Medical and sanitary report of the native army of Bengal for the year
Year: 1878
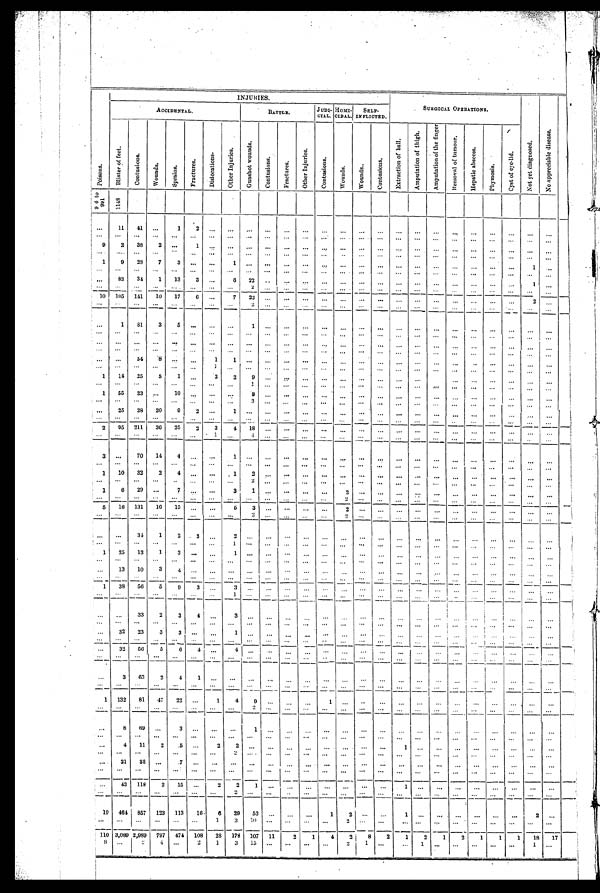
INJURIES.
N o t y e t d i a g n o s e d .
N o a p p r e c i a b l e d i s e a s e .
ACCIDENTAL.
BATTLE.
JUDI-
CIAL.
HOMI-
CIDAL.
SELF-
INFLICTED.
SURGICAL OPERATIONS .
B l i s t e r o f f e e t .
C o n t u s i o n s .
W o u n d s .
S p r a i n s .
F r a c t u r e s .
D i s l o c a t i o n s .
O t h e r I n j u r i e s .
G u n s h o t W o u n d s .
C o n t u s i o n s .
F r a c t u r e s .
O t h e r I n j u r i e s .
C o n t u s i o n s .
W o u n d s .
W o u n d s .
C o n t u s i o n s .
E x t r a c t i o n o f b a l l .
A m p u t a t i o n o f t h e t h i g h .
A m p u t a t i o n o f t h e f i n g e r .
R e m o v a l o f t u o u r .
H e p a t i c a b s c c s s .
P h y m o s i s .
C y s t o f e y e l i d .
9 6 t o 9 9 1
1 1 4 8
...
11
41
...
1
2
. . .
. . .
. . .
. . .
...
...
...
. . .
. . .
. . .
. . .
. . .
. . .
...
. . .
. . .
. . .
. . .
. . .
. . .
... ...
. . .
. . .
. . .
. . .
. . .
. . .
. . .
...
. . .
. . .
. . .
. . .
...
. . .
. . .
. . .
...
. . .
...
. . .
. . . ...
9
2
38
2
...
1
...
...
. . .
...
...
...
...
...
. . .
. . . ...
. . .
. . .
. . .
. . . ...
. . .
. . . ...
. . .
...
...
. . .
. . .
. . .
. . .
. . .
. . . ...
...
. . .
. . .
. . .
...
...
. . .
. . . ...
. . .
. . .
. . .
. . .
. . .
1
9
28
7
3
...
. . .
1
...
...
...
...
. . .
. . .
. . .
...
...
...
...
...
...
...
...
1 ...
. . .
...
...
. . .
. . .
. . .
. . .
. . .
. . .
. . . ...
. . .
. . .
. . .
. . .
...
. . .
. . .
. . . ...
. . . ...
. . .
. . .
. . .
...
83
34
1
13
3
. . .
6
22
. . ...
...
. . .
. . .
. . . ...
...
... ... ... ... ... ...
1
. . .
...
...
...
. . .
. . .
. . .
... ...
2
. . . ...
. . .
. . .
. . .
. . . ...
. . .
. . .
. . . ...
. . .
. . .
. . .
. . .
...
10
1 0 5
141
10
17
6
. . .
7
22
. . .
...
. . .
. . .
. . .
. . .
. . .
. . .
. . .
. . . ...
. . . ...
. . .
2
. . .
. . .
...
...
. . .
. . .
...
. . .
. . .
2
. . .
...
...
. . .
. . .
. . . ...
...
. . .
. . .
...
. . . ...
. . .
. . .
...
...
1
81
3
5
...
...
...
1
...
...
... ...
. . .
. . .
. . .
. . .
. . .
. . .
. . .
. . .
. . .
. . .
. . .
. . .
... ... ... ... ... ...
. . .
. . .
. . .
. . . ...
... ...
. . .
...
...
...
. . .
. . .
. . .
. . .
... ... ... ... ...
. . .
...
. . .
... ...
. . .
. . .
. . .
...
...
. . .
...
. . .
. . .
. . .
. . .
. . .
. . .
...
...
. . .
. . .
. . .
... ... ...
...
. . .
. . .
. . .
. . .
. . .
. . .
. . .
...
...
. . .
. . .
. . . ...
...
...
. . .
. . .
... ... ...
. . .
. . .
... ...
54
8
. . .
...
1
1
...
. . .
...
...
...
...
. . .
. . .
. . .
. . .
... ... ... ... ... ...
...
... ...
...
. . .
. . .
. . .
1
. . .
. . .
...
...
. . .
. . .
. . .
. . .
. . .
. . .
. . .
. . .
. . .
. . .
. . .
. . .
. . .
. . .
1
14
25
5
1
...
2
2
9
...
...
...
. . .
... ...
. . .
. . .
. . .
... ... ...
. . .
... ...
...
... ...
...
...
. . .
. . .
. . .
. . .
1
. . . ...
...
. . .
. . .
. . . ...
...
. . .
. . . ...
. . .
...
. . .
. . .
. . .
1
55
23
...
10
. . .
. . .
. . .
8
... ...
. . .
. . .
. . .
. . .
...
...
. . .
...
...
... ...
. . .
. . . ...
. . .
. . .
...
. . .
...
. . .
. . .
. . .
3
. . . ...
. . .
. . .
. . .
. . .
. . .
. . .
. . .
. . .
...
... ... ... ...
...
...
25
28
20
9
2
. . .
1
. . .
. . .
...
.. .
. . .
. . .
. . .
. . .
. . .
. . .
. . .
. . . . .
. . .
. . .
. . .
...
. . .
... ...
. . .
...
. . .
... ... ... ... ... ...
. . .
... ... ... ... ... ... ... ... ... ... ...
. . .
2
9 5 211
36
25
2
3
4
18
. . .
...
. . .
. . .
...
. . . ...
...
. . .
... ... ... ... ... ...
. . .
... ... ... ... ... ...
1
. . .
4
. . .
...
. . .
. . .
. . .
. . .
... ... ...
. . .
. . .
. . .
. . .
. . .
... ...
3
...
70
14
4
... ...
1
... ... ... ...
...
. . .
... ...
...
. . .
...
...
...
. . .
...
...
. . .
... ... ... ...
. . .
... ... ... ...
. . . ...
. . .
. . .
. . .
. . .
. . .
. . .
...
. . . ...
... ... ... ... ...
1
10
32
2
4
. . .
. . .
1
2
... ... ... ... ... ... ... ... ... ...
...
... ...
. . .
. . . ...
... ...
...
. . .
. . .
. . .
. . .
. . .
2
. . .
...
. . .
. . .
...
. . .
. . .
...
...
. . . ...
. . . ...
. . .
...
...
1
6
29
...
7
. . .
. . .
3
1
. . . ...
...
. . .
2
. . . ...
...
. . .
. . . ...
. . . ...
. . .
. . .
. . .
. . .
...
...
. . .
. . .
. . .
. . .
. . .
. . .
. . .
...
. . .
. . .
2
. . . ...
...
. . .
. . . ...
. . . ...
. . .
. . . ...
5
16
131
16
15
. . .
. . .
5
3
. . . ...
...
. . .
2
. . . ...
...
. . .
. . .
...
. . .
...
...
...
. . .
. . .
... ...
. . . . . .
. . .
. . .
. . .
2
. . . ... ...
. . .
2
. . . ...
...
. . .
. . . ...
. . . ...
. . .
. . . ...
. . .
. . .
34
1
2
3
...
2
. . .
...
. . .
...
. . .
. . .
. . .
. . .
...
...
...
...
. . .
...
...
. . . ...
. . .
... ...
. . .
. . .
. . .
. . .
1
. . .
. . .
... ...
. . .
... ... ... ... ...
. . .
...
. . .
...
...
. . .
...
1
25
12
1
3
. . .
. . .
1
...
. . .
...
... ...
. . .
...
...
...
...
. . .
. . . ...
...
...
...
...
... ... ...
. . .
...
. . .
... ... ... ...
. . .
. . .
. . .
. . .
. . .
. . .
. . .
. . .
. . .
. . .
. . . ...
...
. . . ...
...
13
10
3
4
...
. . .
...
...
...
. . .
...
. . .
...
. . .
...
...
...
. . .
...
... ... ...
...
...
... ...
...
...
. . .
. . .
...
. . .
... ...
. . .
. . .
. . .
. . .
. . .
. . .
. . .
...
. . .
...
. . .
. . .
. . .
. . .
. . .
1
38
56
5
9
3
...
3
...
. . .
...
...
. . .
... ... ... ... ...
. . . ...
. . .
. . .
. . .
... ... ... ... ... ... ... ...
. . .
1
. . .
. . . ...
...
. . .
. . .
...
. . . ...
...
. . . ...
...
... ... ... ...
. . .
. . .
33
2
3
4
. . .
3
...
...
. . .
...
. . .
. . .
. . .
. . .
. . .
. . .
. . .
...
...
...
...
. . . ...
... ... ...
. . .
. . .
. . .
. . .
. . .
. . .
... ... ... ... ... ... ...
. . .
. . .
. . .
...
. . .
. . . . . .
...
. . .
...
32
23
3
3
... ...
1
. . .
. . .
. . .
. . .
...
... ... ... ... ...
. . .
...
. . .
... ... ... ... ... ... ... ... ... ... ... ... ... ... ...
. . .
... ... ... ... ... ... ... ...
. . .
... ... ... ... ...
32
56
5
6
4
. . .
4
. . .
. . .
...
. . .
. . .
. . .
. . .
. . .
. . .
... ...
. . .
. . .
...
...
. . .
. . .
... ... ... ... ... ... ... ... ...
. . .
. . .
... ... ... ... ... ... ... ... ...
. . . ...
...
. . .
...
...
3
63
2
4
1
. . .
...
. . .
. . .
. . .
... ...
. . .
. . .
. . .
. . .
. . .
. . .
...
. . .
. . .
. . .
... ...
. . .
... ... ... ... ... ... ... ... ... ... ...
. . .
. . .
. . .
. . .
. . .
...
. . .
...
. . .
. . . ...
1
132
81
47
22
...
1
4
9
. . .
. . .
. . .
1
. . .
. . .
. . .
...
. . .
. . .
...
. . .
. . .
. . . ...
...
. . .
. . .
. . .
. . .
. . .
...
. . .
. . .
2
. . .
. . .
. . .
. . .
. . .
. . .
. . .
. . .
. . .
. . .
...
. . .
...
. . .
. . . ...
...
8
69
...
3
...
...
. . .
1
...
. . .
. . .
...
...
. . .
. . .
...
...
. . .
...
. . .
...
...
...
...
. . .
. . .
...
. . .
. . .
...
. . .
. . .
. . .
. . .
. . .
. . .
. . .
. . .
. . .
. . .
. . .
. . .
. . .
. . .
. . .
. . .
. . .
. . . ...
. . .
4
11
2
5
...
2
2
...
...
. . .
...
...
...
. . .
...
1
. . .
. . .
. . .
. . .
. . .
. . .
. . .
. . .
. . .
. . .
. . .
. . .
...
. . .
2
. . .
. . .
. . .
. . .
. . .
. . .
. . .
. . .
. . .
. . .
. . .
...
. . .
...
. . .
. . .
...
. . .
31
38
...
7 ...
. . .
. . .
. . .
. . .
...
...
. . .
. . .
. . .
. . .
...
...
...
...
. . .
...
. . .
. . .
. . .
. . .
. . .
. . .
. . .
. . .
...
. . .
. . .
. . .
. . .
. . .
. . .
. . .
. . .
. . .
. . .
. . .
. . .
. . .
. . .
. . .
. . . ...
. . .
...
. . . .
43
118
2
15
...
2
2
1
. . .
. . .
. . .
. . .
. . .
. . .
. . .
...
1
. . .
. . .
. . .
...
. . .
...
. . .
. . .
. . .
...
. . . . . .
...
. . .
2
. . .
. . . ...
. . .
. . .
. . .
. . .
. . . ...
. . .
. . .
...
. . .
...
. . .
. . .
...
19
464
857
123
113
16
6
29
53
. . .
. . .
. . .
. . .
1
2
. . .
...
1
. . .
...
...
...
. . .
2
. . .
. . .
. . .
. . .
. . .
. . .
...
1
3
1 0
. . .
. . .
. . .
. . .
. . .
2
. . . ...
. . .
. . .
. . .
...
...
. . .
. . .
. . .
110 3,089 2,989
797
474
108
28
178
107
11
2
1
4
2
8 2
1
2
1
2
1
1
1
18
17
8
. . .
2
4
. . .
2
1
3
15
. . .
...
...
. . .
2
1 ... ...
1 ...
...
. . .
...
. . .
1 ...